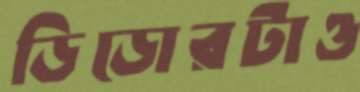
ডিডোরটাও